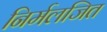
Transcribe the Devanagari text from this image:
निर्मलजित